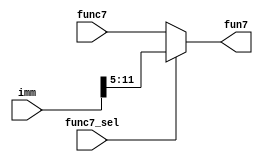
module mux_for_func7 (func7_sel,func7,imm,fun7);

input wire func7_sel;
input wire [6:0]func7;
input wire [31:0]imm;
output reg [6:0]fun7;
always @(*)begin

 fun7 = func7_sel ? imm[11:5] : func7 ;
 
end

endmodule